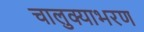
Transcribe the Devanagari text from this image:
चालुक्याभरण